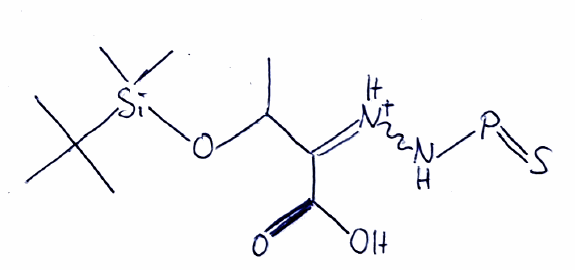
Simplified molecular-input line-entry system (SMILES) notation of the given molecule:
CC(C(=[NH+]NP=S)C(=O)O)O[Si](C)(C)C(C)(C)C